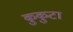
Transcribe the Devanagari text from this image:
कुकुटा